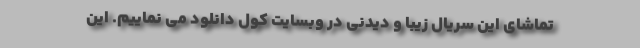
تماشای این سریال زیبا و دیدنی در وبسایت کول دانلود می نماییم. این